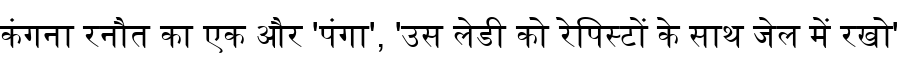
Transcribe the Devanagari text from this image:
कंगना रनौत का एक और 'पंगा', 'उस लेडी को रेपिस्टों के साथ जेल में रखो'